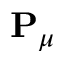
\mathbf { P } _ { \mu }